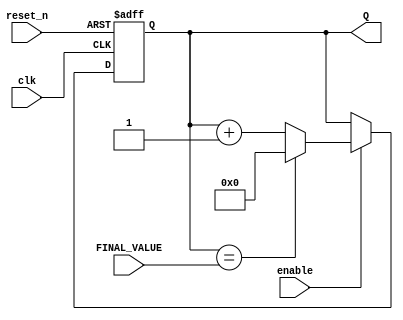
`timescale 1ns / 1ps
//////////////////////////////////////////////////////////////////////////////////
// Company: 
// Engineer: 
// 
// Design Name: 
// Module Name: mod_counter_input
// Project Name: 
// Target Devices: 
// Tool Versions: 
// Description: 
// 
// Dependencies: 
// 
// Revision:
// Revision 0.01 - File Created
// Additional Comments:
// 
//////////////////////////////////////////////////////////////////////////////////

//parametrized final value: to set in test bench write FINAL_VALUE = 'dx (where x is the number)
module mod_counter_input
    #(parameter BITS = 4)(
    input clk,
    input reset_n,
    input enable,
    input [BITS - 1:0] FINAL_VALUE,
    output [BITS - 1:0] Q
    );
    
    reg [BITS-1:0] Q_reg, Q_next;
    wire done; // if asserted then it is done counting
    always@(posedge clk, negedge reset_n)
    begin
        if(~reset_n)
            Q_reg <= 'b0;
        else if(enable)
            Q_reg <= Q_next; 
        else
            Q_reg <= Q_reg;         
    end
    
    // Next State logic
    assign done = Q_reg ==FINAL_VALUE;
    
    always@(*)
        Q_next = done ? 'b0: Q_reg + 1; //if done = 1, Q_ next is 0 and count is reset, else keep counting until done
    
    //Output Logic
    assign Q = Q_reg;
    
endmodule